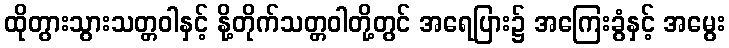
ထိုတွားသွားသတ္တဝါနှင့် နို့တိုက်သတ္တဝါတို့တွင် အရေပြား၌ အကြေးခွံနှင့် အမွေး